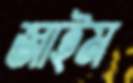
জাইম